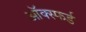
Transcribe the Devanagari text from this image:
ऑक्स्फर्ड